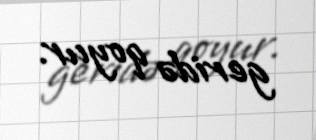
geridə qoyur.